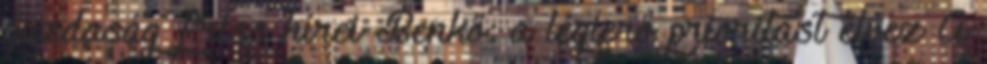
gazdaság friss hírei Benkő: a légierő prioritást élvez A